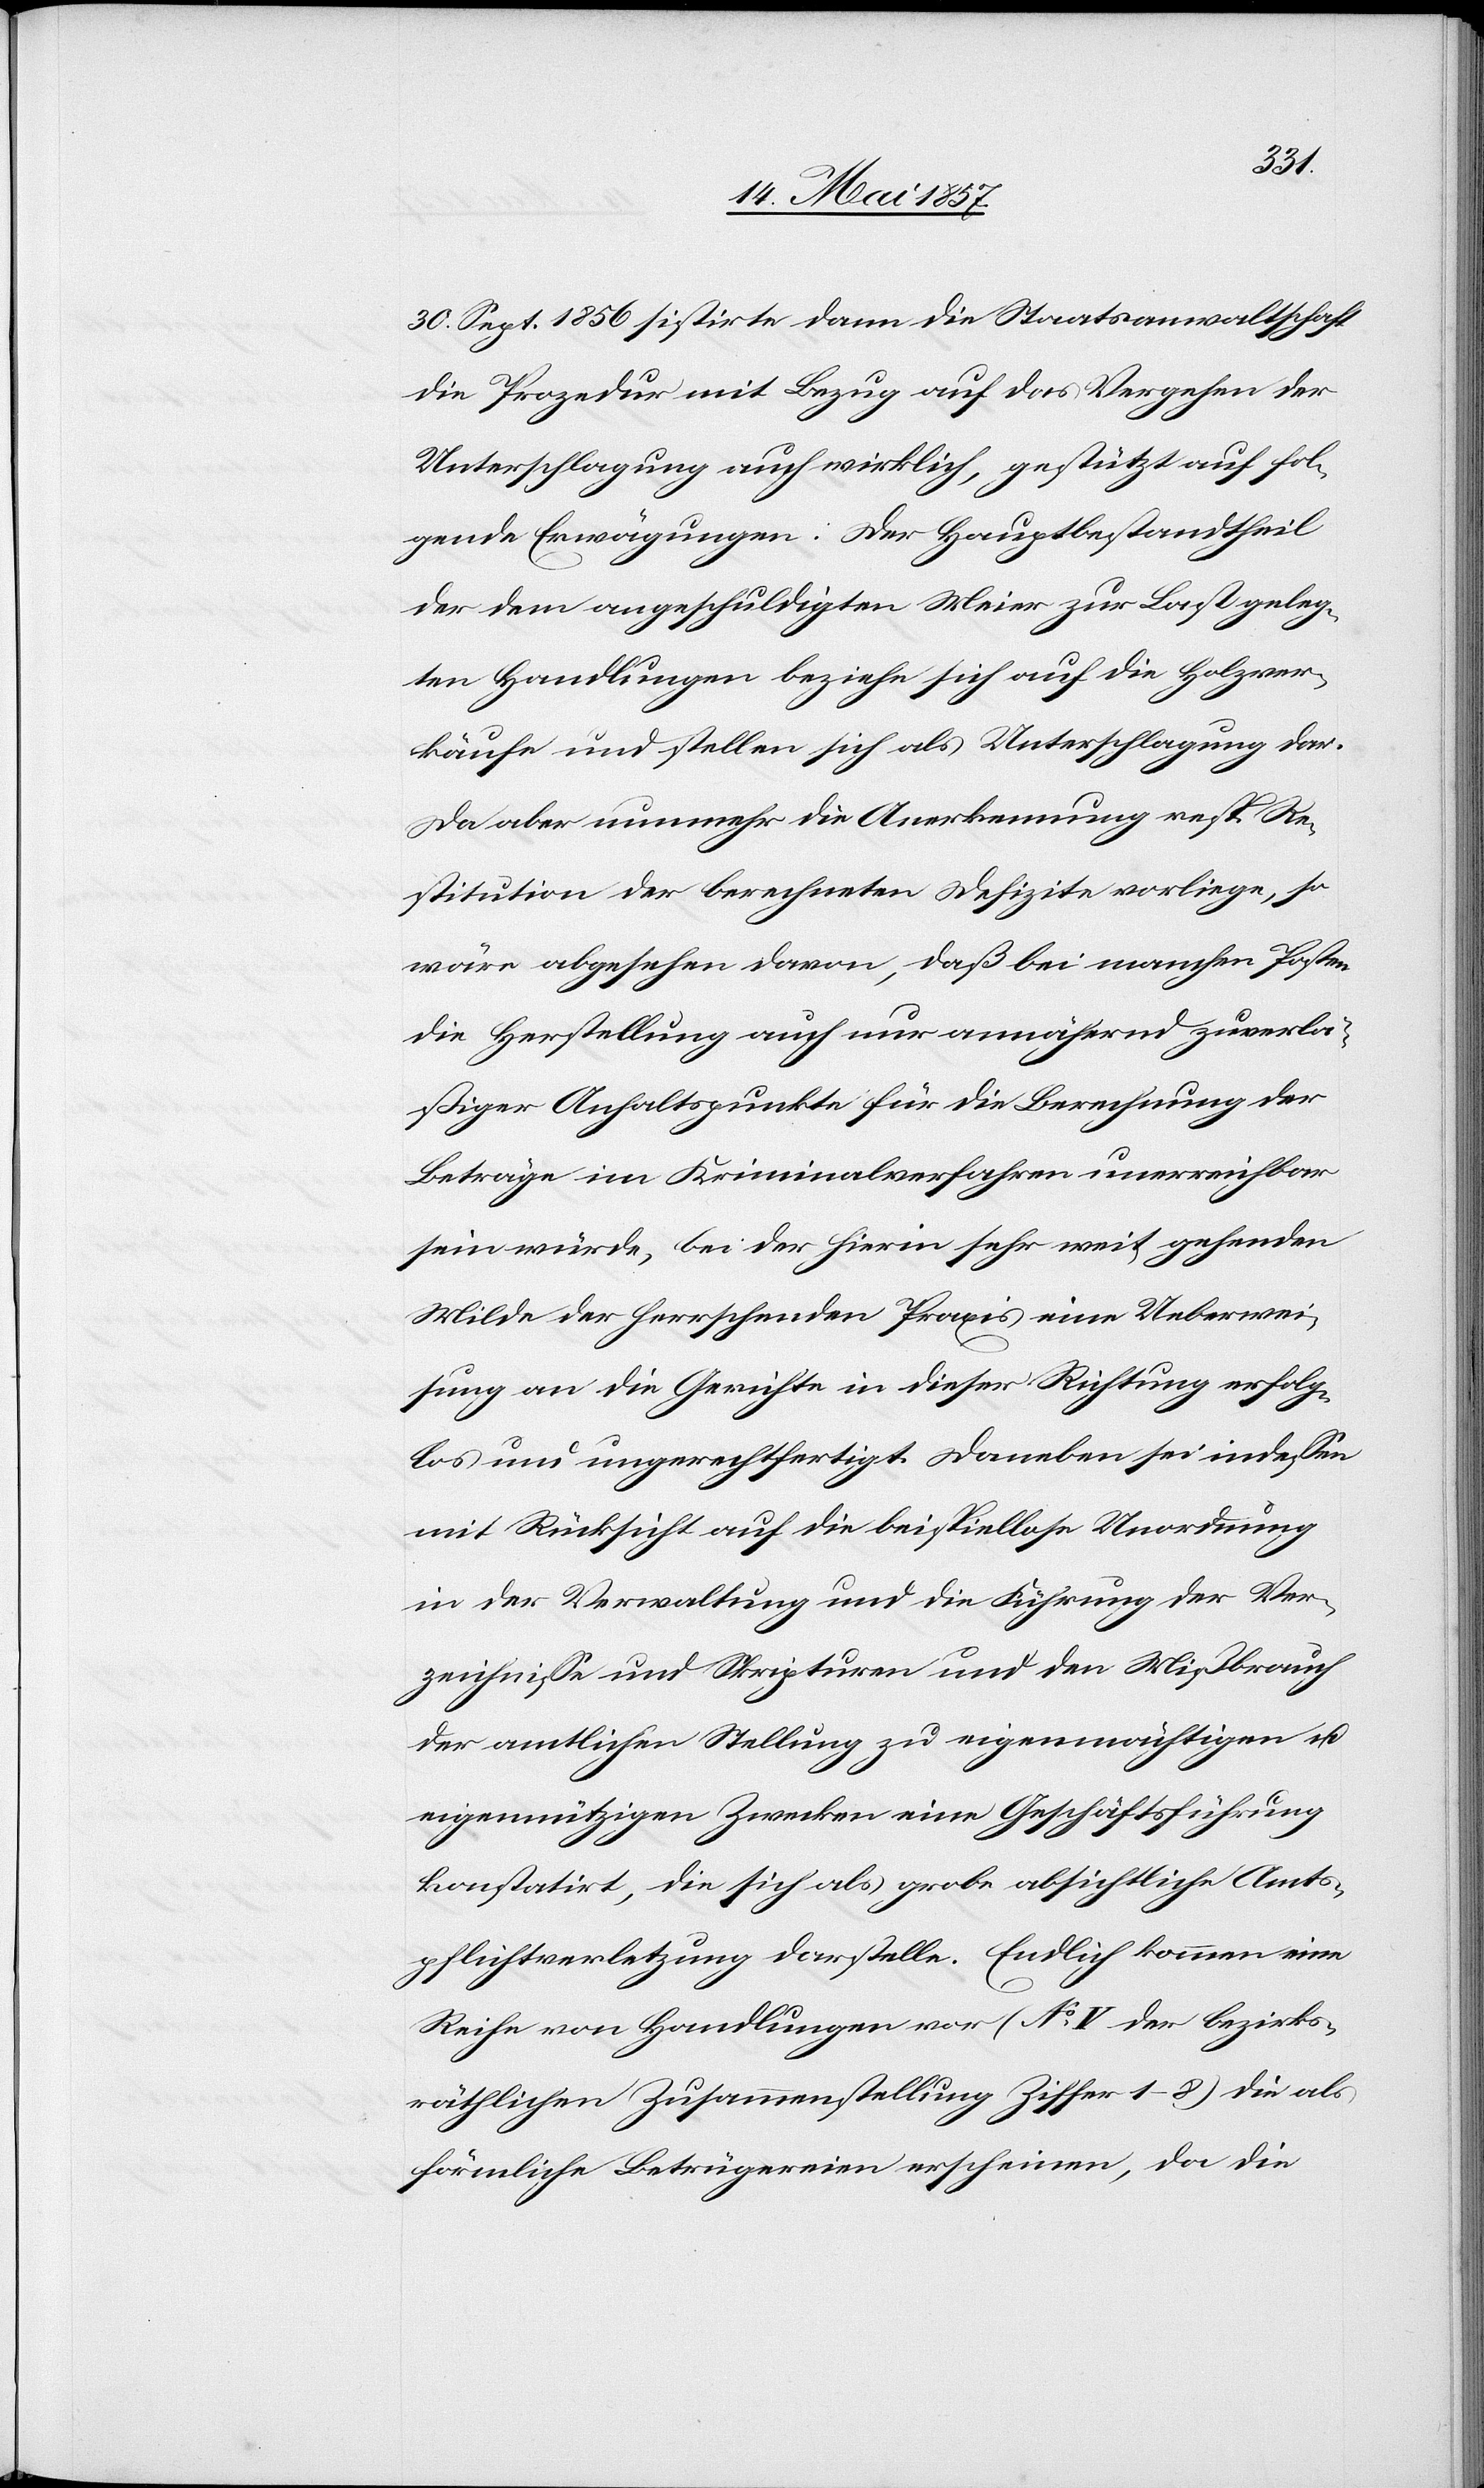
30 Sept. 1856 sistirte dann die Staatsanwaltschaft
die Prozedur mit Bezug auf das Vergehen der
Unterschlagung auch wirklich, gestützt auf fol¬
gende Erwägungen. Der Hauptbestandtheil
der dem angeschuldigten Meier zur Last geleg¬
ten Handlungen beziehe sich auf die Holzver¬
käufe und stellen [sic!] sich als Unterschlagung dar.
Da aber nunmehr die Anerkennung resp. Re¬
stitution der berechneten Defizite vorliege, so
wäre abgesehen davon, daß bei manchen Posten
die Herstellung auch nur annähernd zuverlä¬
ßiger Anhaltspunkte für die Berechnung der
Beträge im Kriminalverfahren unerreichbar
sein würde, bei der hierin sehr weit gehenden
Milde der herrschenden Praxis eine Ueberwei¬
sung an die Gerichte in dieser Richtung erfolg¬
los und ungerechtfertigt. Daneben sei indeßen
mit Rücksicht auf die beispiellose Unordnung
in der Verwaltung und die Führung der Ver¬
zeichnisse und Skripturen und den Mißbrauch
der amtlichen Stellung zu eigenmächtigen &
eigennützigen Zwecken eine Geschäftsführung
konstatirt, die sich als grobe absichtliche Amts¬
pflichtverletzung darstelle. Endlich kommmen eine
Reihe von Handlungen vor (No V der bezirks¬
räthlichen Zusammenstellung Ziffer 1–8) die als
förmliche Betrügereien erscheinen, da die